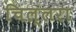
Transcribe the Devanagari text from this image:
चिल्लरा